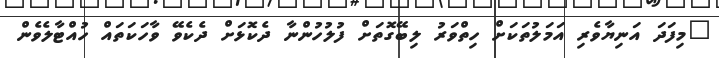
"މިފަދަ އަނިޔާވެރި އަމަލުތަކަށް ހިތްވަރު ލިބޭގޮތަށް ފުލުހުންނާ ދެކޮޅަށް ދެކެވޭ ވާހަކަތައް ހުއްޓާލެވެން